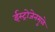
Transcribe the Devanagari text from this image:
ईस्ट्रोजेनमुळे